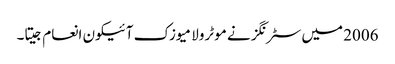
2006 میں سٹرنگز نے موٹرولا میوزک آئیکون انعام جیتا۔